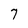
Character: 7